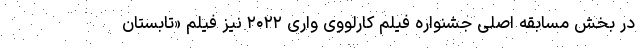
در بخش مسابقه اصلی جشنواره فیلم کارلووی واری ۲۰۲۲ نیز فیلم «تابستان